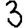
Digit: 3